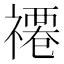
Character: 𮂗